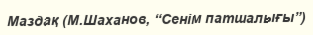
Маздақ (М.Шаханов, “Сенім патшалығы”)